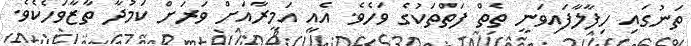
ތަނުގައި ހިފާލާފައިވަނީ ތެތް ފަތްތަކުގެ ވަހެވެ. އެއީ އަމީރާއަށް ވަރަށް ކަމުދާ ތާޒާވަހެކެވެ.